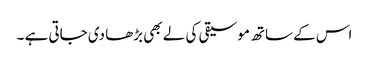
اس کے ساتھ موسیقی کی لے بھی بڑھا دی جاتی ہے ۔